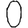
Digit: 0